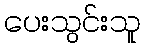
ပေးသွင်းသူ